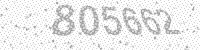
Solution: 805662